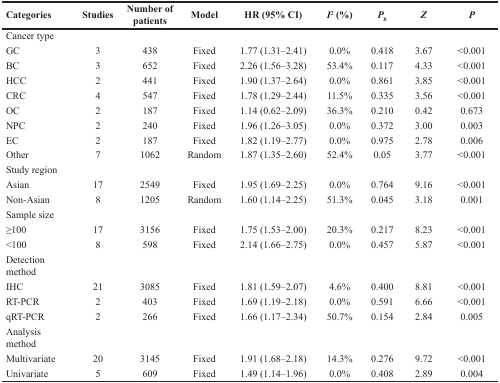
<table><thead><tr><td><b>Categories</b></td><td><b>Studies</b></td><td><b>Number of patients</b></td><td><b>Model</b></td><td><b>HR (95% CI)</b></td><td><b><i>I</i><sup><i>2</i></sup> (%)</b></td><td><b><i>P</i><sub><i>h</i></sub></b></td><td><b><i>Z</i></b></td><td><b><i>P</i></b></td></tr></thead><tbody><tr><td>Cancer type</td><td></td><td></td><td></td><td></td><td></td><td></td><td></td><td></td></tr><tr><td>GC</td><td>3</td><td>438</td><td>Fixed</td><td>1.77 (1.31–2.41)</td><td>0.0%</td><td>0.418</td><td>3.67</td><td>&lt;0.001</td></tr><tr><td>BC</td><td>3</td><td>652</td><td>Fixed</td><td>2.26 (1.56–3.28)</td><td>53.4%</td><td>0.117</td><td>4.33</td><td>&lt;0.001</td></tr><tr><td>HCC</td><td>2</td><td>441</td><td>Fixed</td><td>1.90 (1.37–2.64)</td><td>0.0%</td><td>0.861</td><td>3.85</td><td>&lt;0.001</td></tr><tr><td>CRC</td><td>4</td><td>547</td><td>Fixed</td><td>1.78 (1.29–2.44)</td><td>11.5%</td><td>0.335</td><td>3.56</td><td>&lt;0.001</td></tr><tr><td>OC</td><td>2</td><td>187</td><td>Fixed</td><td>1.14 (0.62–2.09)</td><td>36.3%</td><td>0.210</td><td>0.42</td><td>0.673</td></tr><tr><td>NPC</td><td>2</td><td>240</td><td>Fixed</td><td>1.96 (1.26–3.05)</td><td>0.0%</td><td>0.372</td><td>3.00</td><td>0.003</td></tr><tr><td>EC</td><td>2</td><td>187</td><td>Fixed</td><td>1.82 (1.19–2.77)</td><td>0.0%</td><td>0.975</td><td>2.78</td><td>0.006</td></tr><tr><td>Other</td><td>7</td><td>1062</td><td>Random</td><td>1.87 (1.35–2.60)</td><td>52.4%</td><td>0.05</td><td>3.77</td><td>&lt;0.001</td></tr><tr><td>Study region</td><td></td><td></td><td></td><td></td><td></td><td></td><td></td><td></td></tr><tr><td>Asian</td><td>17</td><td>2549</td><td>Fixed</td><td>1.95 (1.69–2.25)</td><td>0.0%</td><td>0.764</td><td>9.16</td><td>&lt;0.001</td></tr><tr><td>Non-Asian</td><td>8</td><td>1205</td><td>Random</td><td>1.60 (1.14–2.25)</td><td>51.3%</td><td>0.045</td><td>3.18</td><td>0.001</td></tr><tr><td>Sample size</td><td></td><td></td><td></td><td></td><td></td><td></td><td></td><td></td></tr><tr><td>≥100</td><td>17</td><td>3156</td><td>Fixed</td><td>1.75 (1.53–2.00)</td><td>20.3%</td><td>0.217</td><td>8.23</td><td>&lt;0.001</td></tr><tr><td>&lt;100</td><td>8</td><td>598</td><td>Fixed</td><td>2.14 (1.66–2.75)</td><td>0.0%</td><td>0.457</td><td>5.87</td><td>&lt;0.001</td></tr><tr><td>Detection method</td><td></td><td></td><td></td><td></td><td></td><td></td><td></td><td></td></tr><tr><td>IHC</td><td>21</td><td>3085</td><td>Fixed</td><td>1.81 (1.59–2.07)</td><td>4.6%</td><td>0.400</td><td>8.81</td><td>&lt;0.001</td></tr><tr><td>RT-PCR</td><td>2</td><td>403</td><td>Fixed</td><td>1.69 (1.19–2.18)</td><td>0.0%</td><td>0.591</td><td>6.66</td><td>&lt;0.001</td></tr><tr><td>qRT-PCR</td><td>2</td><td>266</td><td>Fixed</td><td>1.66 (1.17–2.34)</td><td>50.7%</td><td>0.154</td><td>2.84</td><td>0.005</td></tr><tr><td>Analysis method</td><td></td><td></td><td></td><td></td><td></td><td></td><td></td><td></td></tr><tr><td>Multivariate</td><td>20</td><td>3145</td><td>Fixed</td><td>1.91 (1.68–2.18)</td><td>14.3%</td><td>0.276</td><td>9.72</td><td>&lt;0.001</td></tr><tr><td>Univariate</td><td>5</td><td>609</td><td>Fixed</td><td>1.49 (1.14–1.96)</td><td>0.0%</td><td>0.408</td><td>2.89</td><td>0.004</td></tr></tbody></table>